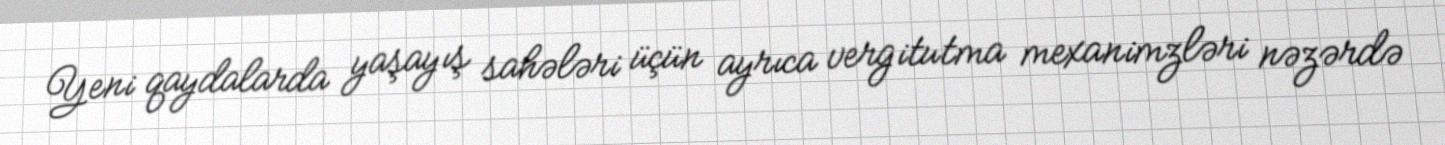
Yeni qaydalarda yaşayış sahələri üçün ayrıca vergitutma mexanimzləri nəzərdə